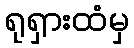
ရုရှားထံမှ